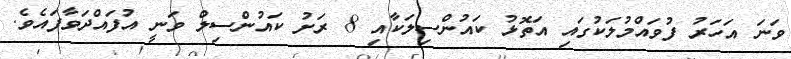
ވަނަ އަހަރު ފުވައްމުލަކުގައި އަތޮޅު ކައުންސިލަކާއި 8 ރަށު ކައުންސިލް ވަނީ އުފައްދަވާފައެވެ.